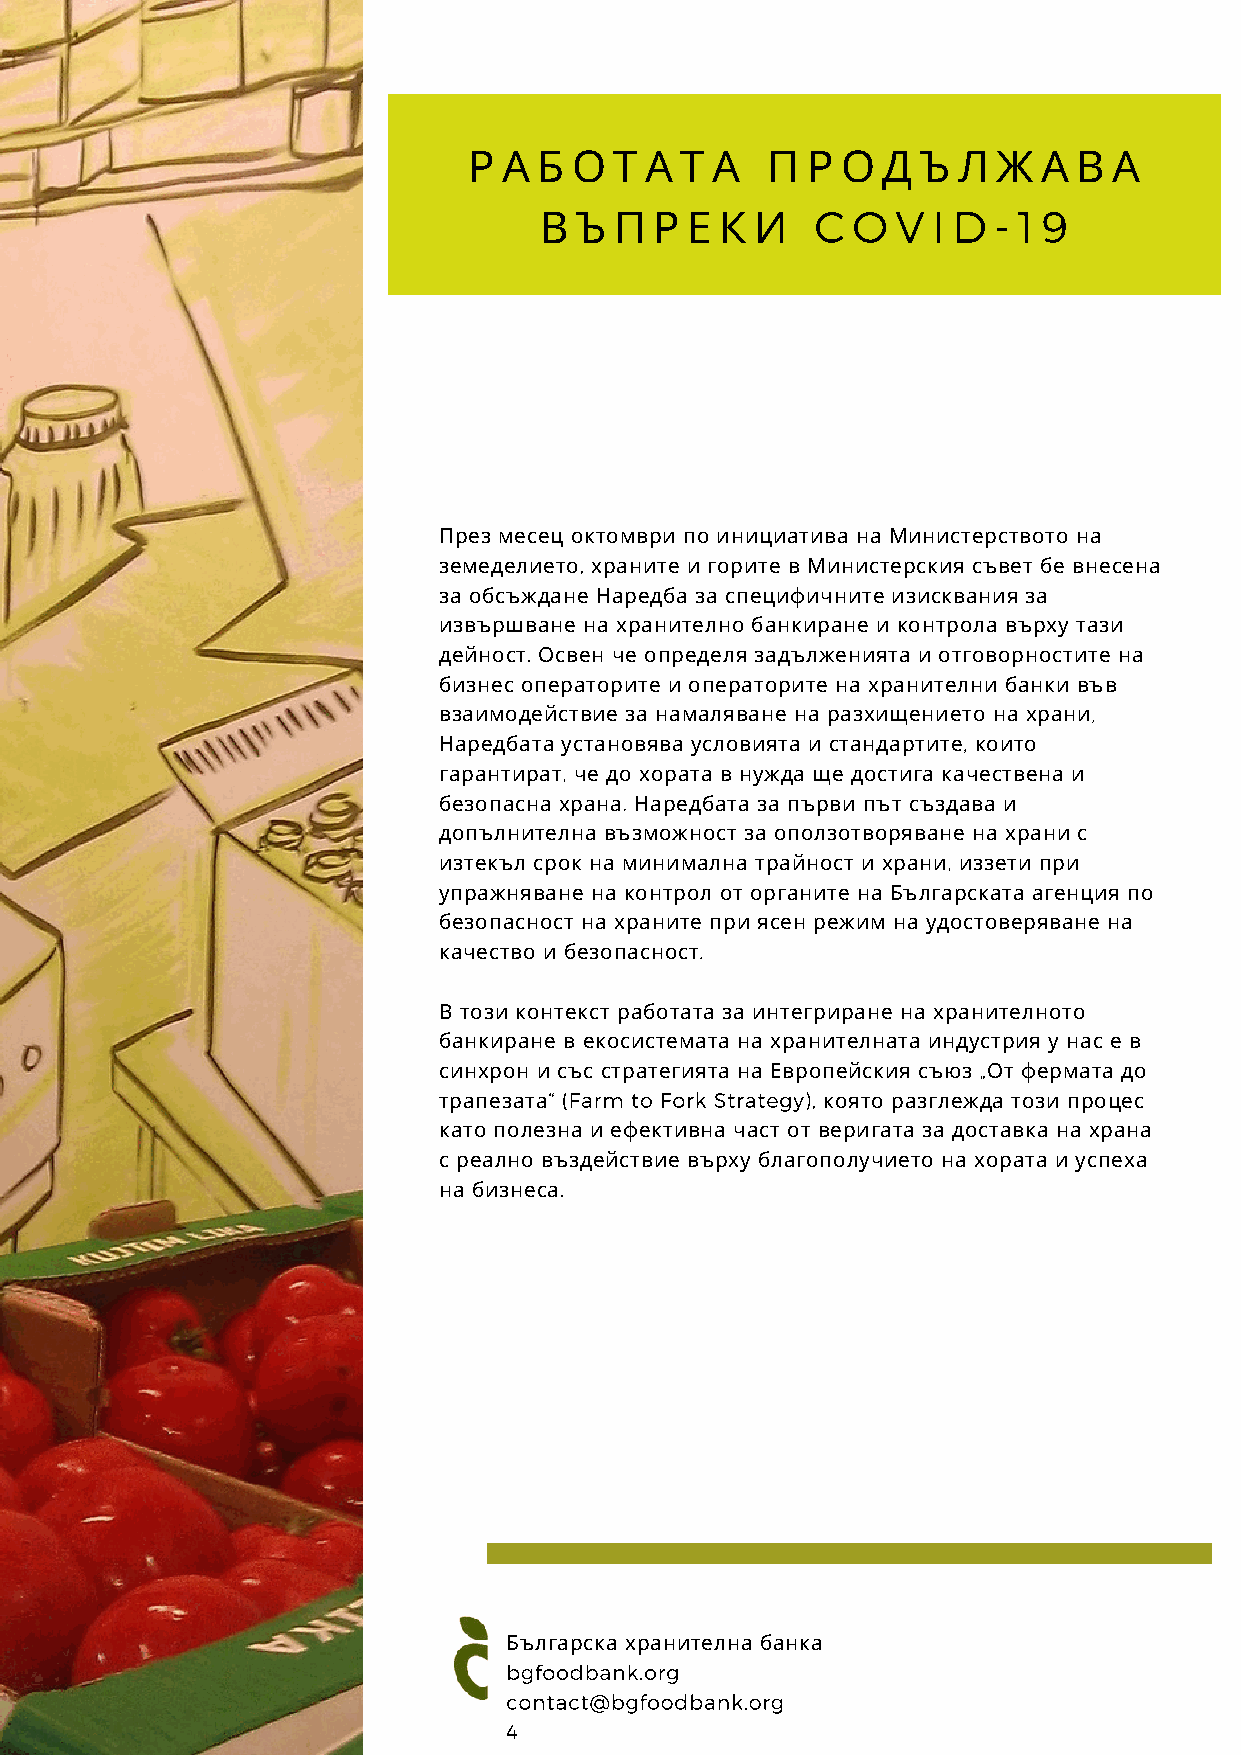
Р А  Б О  Т А Т А   П Р  О Д  Ъ Л  Ж  А В  А
 C O  V  I D - 1 9
 В Ъ  П Р Е  К И
 През месец октомври по инициатива на Министерството на
 земеделието, храните и горите в Министерския съвет бе внесена
 за обсъждане Наредба за специфичните изисквания за
 извършване на хранително банкиране и контрола върху тази
 дейност. Освен че определя задълженията и отговорностите на
 бизнес операторите и операторите на хранителни банки във
 взаимодействие за намаляване на разхищението на храни,
 Наредбата установява условията и стандартите, които
 гарантират, че до хората в нужда ще достига качествена и
 безопасна храна. Наредбата за първи път създава и
 допълнителна възможност за оползотворяване на храни с
 изтекъл срок на минимална трайност и храни, иззети при
 упражняване на контрол от органите на Българската агенция по
 безопасност на храните при ясен режим на удостоверяване на
 качество и безопасност.
 В този контекст работата за интегриране на хранителното
 банкиране в екосистемата на хранителната индустрия у нас е в
 синхрон и със стратегията на Европейския съюз „От фермата до
 трапезата“ (Farm to Fork Strategy), която разглежда този процес
 като полезна и ефективна част от веригата за доставка на храна
 с реално въздействие върху благополучието на хората и успеха
 на бизнеса.
 Българска хранителна банка
 bgfoodbank.org
 contact@bgfoodbank.org
 4